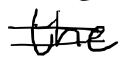
Text: the
Cross-out: double-line
Writing tool: digital_black